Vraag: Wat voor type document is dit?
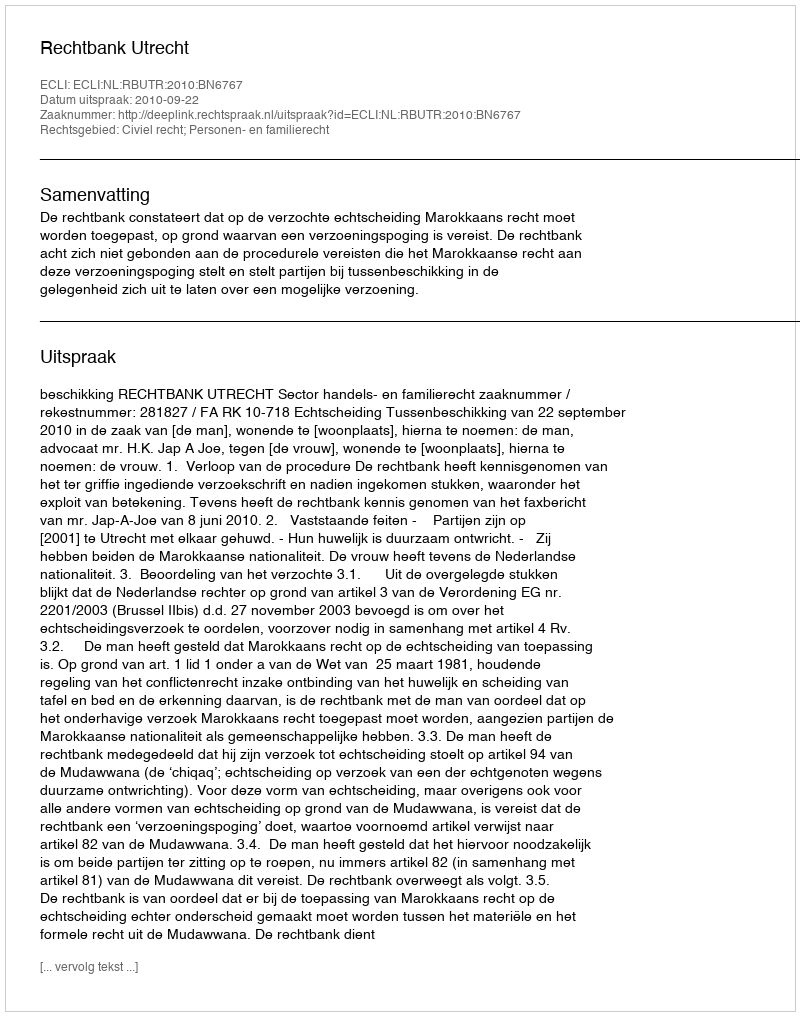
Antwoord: Uitspraak